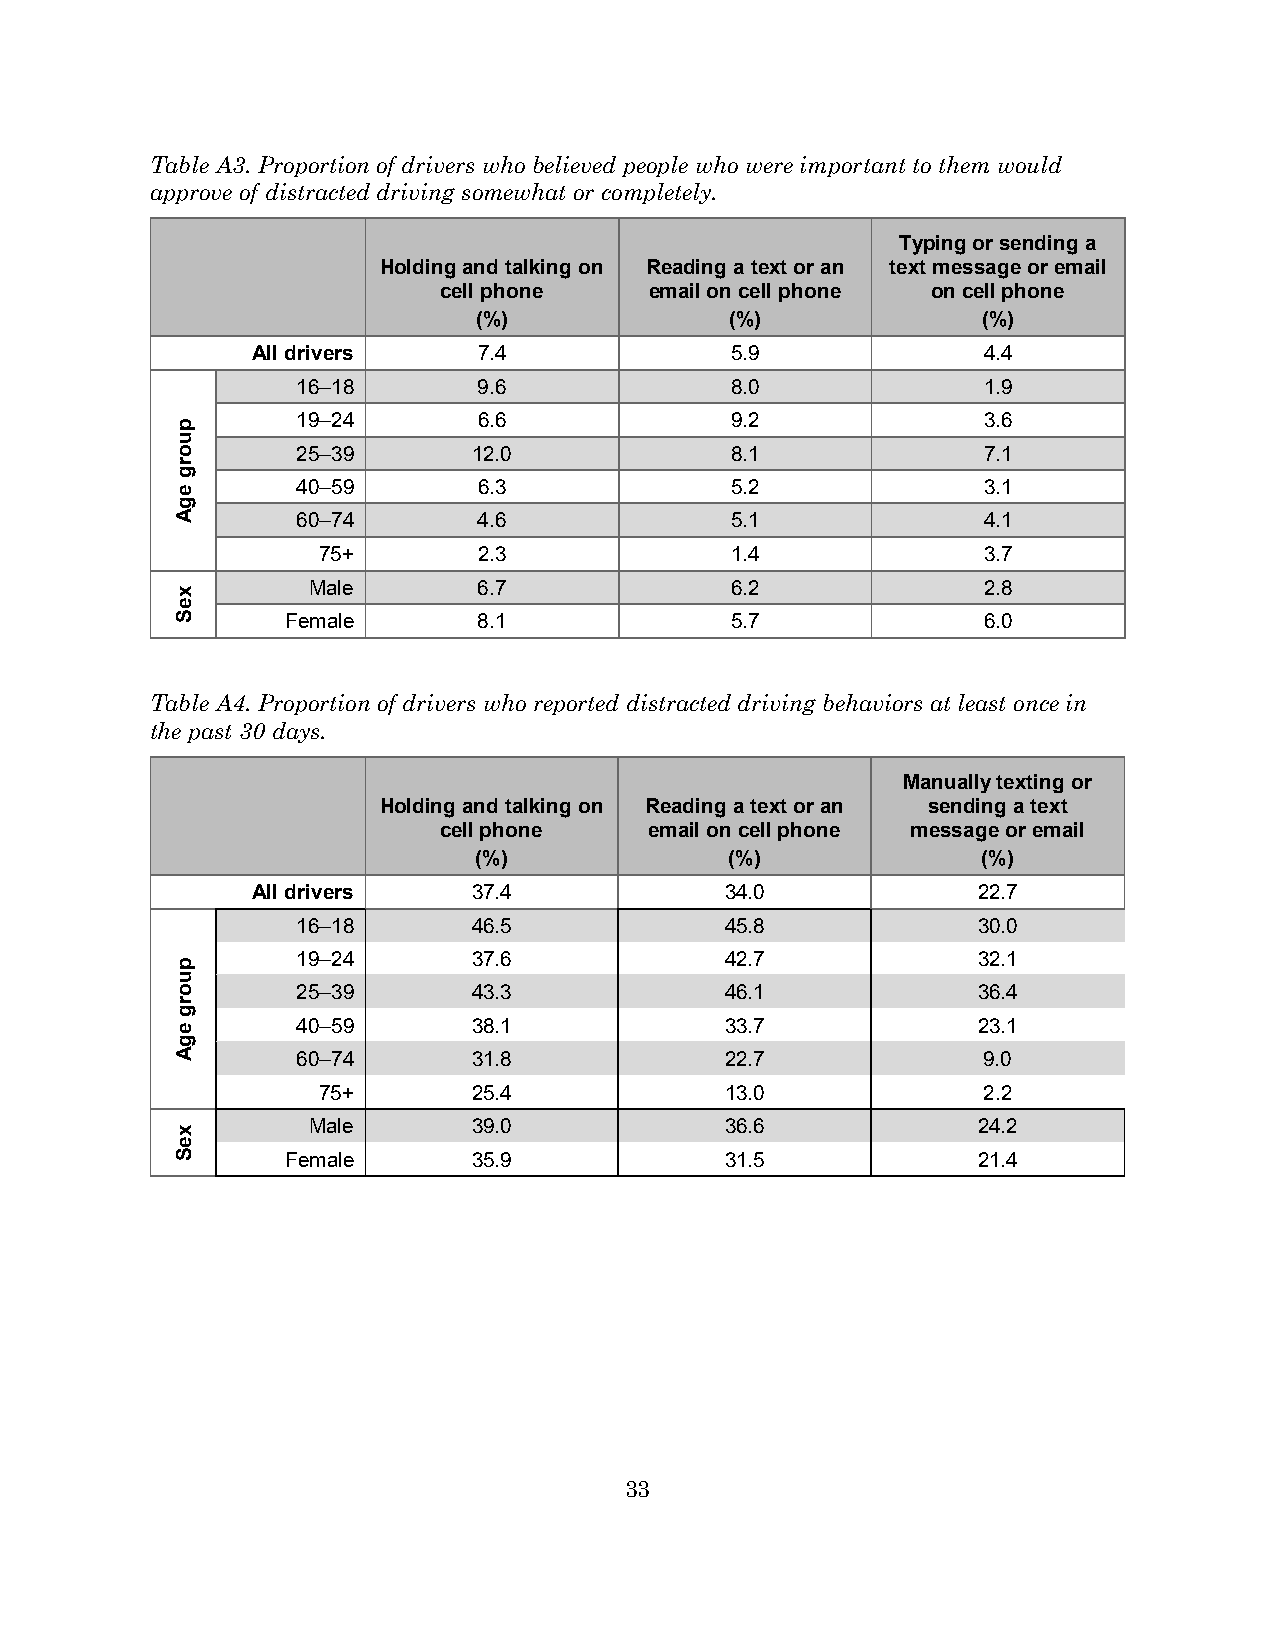
Table A3. Proportion of drivers who believed people who were important to them would
 approve of distracted driving somewhat or completely.
 Typing or sending a
 Holding and talking on Reading a text or an text message or email
 cell phone    email on cell phone on cell phone
 (%)              (%)              (%)
 All drivers    7.4             5.9              4.4
 16–18       9.6             8.0              1.9
 19–24       6.6             9.2              3.6
 25–39      12.0             8.1              7.1
 40–59       6.3             5.2              3.1
 60–74       4.6             5.1              4.1
 75+        2.3             1.4              3.7
 Male        6.7             6.2              2.8
 Female       8.1             5.7              6.0
 Table A4. Proportion of drivers who reported distracted driving behaviors at least once in
 the past 30 days.
 Manually texting or
 Holding and talking on Reading a text or an sending a text
 cell phone    email on cell phone message or email
 (%)              (%)              (%)
 All drivers   37.4             34.0             22.7
 16–18      46.5             45.8             30.0
 19–24      37.6             42.7             32.1
 25–39      43.3             46.1             36.4
 40–59      38.1             33.7             23.1
 60–74      31.8             22.7             9.0
 75+       25.4             13.0             2.2
 Male       39.0             36.6             24.2
 Female      35.9             31.5             21.4
 33
 puorg
 egA
 xeS
 puorg
 egA
 xeS